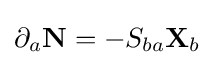
\partial _{a}\mathbf {N} =-S_{ba}\mathbf {X} _{b}